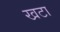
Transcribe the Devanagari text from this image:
खटा